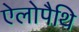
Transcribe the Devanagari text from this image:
ऐलोपैथि